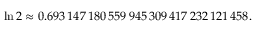
\ln 2 \approx 0 . 6 9 3 \, 1 4 7 \, 1 8 0 \, 5 5 9 \, 9 4 5 \, 3 0 9 \, 4 1 7 \, 2 3 2 \, 1 2 1 \, 4 5 8 .